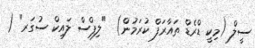
ސީލް (މިކީ ޑްރެޑް ތައާރަފް ކުރަމުން)  "ލިޕްސް ލައިކް ސުގަރ" (